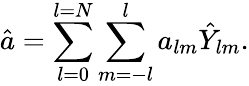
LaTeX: \hat{a}=\sum_{l=0}^{l=N}\sum_{m=-l}^{l}a_{lm}\hat{Y}_{lm}.